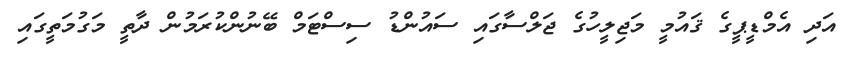
އަދި އެމްޑީޕީގެ ޤައުމީ މަޖިލީހުގެ ޖަލްސާގައި ސައުންޑު ސިސްޓަމް ބޭނުންކުރަމުން ދާތީ މަގުމަތީގައި